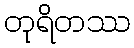
တုရိတဿ